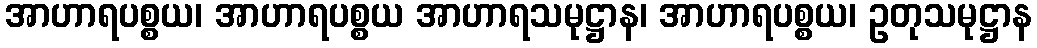
အာဟာရပစ္စယ၊ အာဟာရပစ္စယ အာဟာရသမုဋ္ဌာန၊ အာဟာရပစ္စယ၊ ဥတုသမုဋ္ဌာန